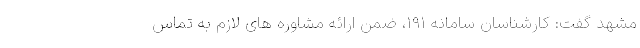
مشهد گفت: کارشناسان سامانه ۱۹۱، ضمن ارائه مشاوره های لازم به تماس